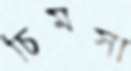
চিমসা